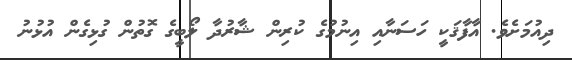
ދިއުމަށެވެ. އާފާޤަކީ ހަސަނާއި އިނުމުގެ ކުރިން ޝާރުދާ ލޯބީގެ ގޮތުން ގުޅިގެން އުޅުނު